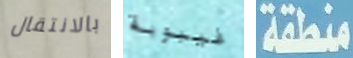
بالانتقال غيبوبة منطقة